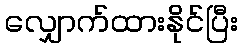
လျှောက်ထားနိုင်ပြီး